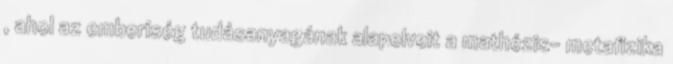
, ahol az emberiség tudásanyagának alapelveit a mathézis- metafizika